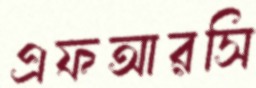
এফআরসি